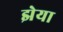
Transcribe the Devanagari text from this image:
झेया